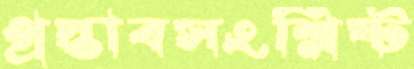
প্রস্তাবসংশ্লিষ্ট